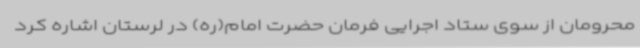
محرومان از سوی ستاد اجرایی فرمان حضرت امام(ره) در لرستان اشاره کرد